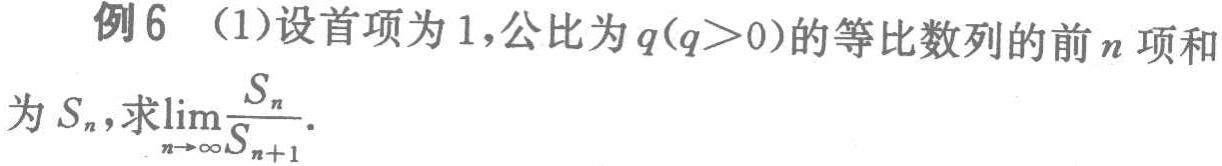
例6 （1）设首项为1,公比为\(q(q > 0)\)的等比数列的前\(n\)项和为\(S_{n}\),求\(\lim\limits_{n\rightarrow\infty}\frac{S_{n}}{S_{n + 1}}\).